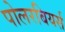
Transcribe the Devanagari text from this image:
पोलरबियर्स